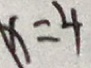
x = 4